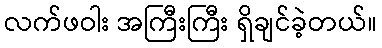
လက်ဖဝါး အကြီးကြီး ရှိချင်ခဲ့တယ်။